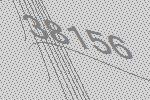
38156